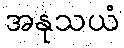
အနုသယံ